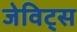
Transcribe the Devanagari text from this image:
जेविट्स